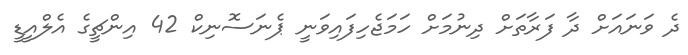
ދެ ވަނައަށް ދާ ފަރާތަށް ދިނުމަށް ހަމަޖެހިފައިވަނީ ޕެނަސޮނިކް 42 އިންޗީގެ އެލްއީޑީ